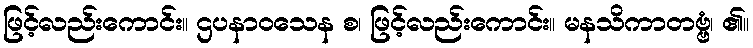
ဖြင့်လည်းကောင်း။ ဌပနာဝသေန စ၊ ဖြင့်လည်းကောင်း။ မနသိကာတဗ္ဗံ၊ ၏။